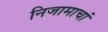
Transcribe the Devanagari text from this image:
निजामाचां